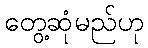
တွေ့ဆုံမည်ဟု